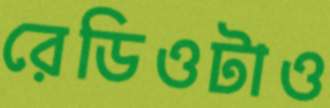
রেডিওটাও